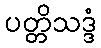
ပတ္တိသဒ္ဒံ